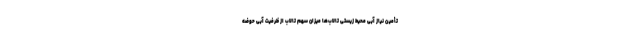
تأمین نیاز آبی محیط زیستی تالاب‌ها میزان سهم تالاب از ظرفیت آبی حوضه